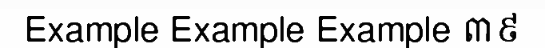
Example Example Example ៣៩